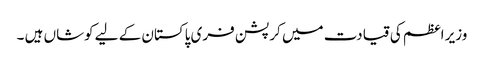
وزیر اعظم کی قیادت میں کرپشن فری پاکستان کے لیے کوشاں ہیں ۔